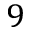
9